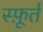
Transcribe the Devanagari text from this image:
स्फ़ूर्त